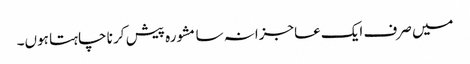
میں صرف ایک عاجزانہ سا مشورہ پیش کر نا چاہتا ہوں۔